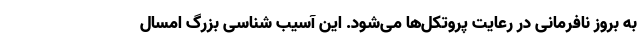
به بروز نافرمانی در رعایت پروتکل‌ها می‌شود. این آسیب شناسی بزرگ امسال